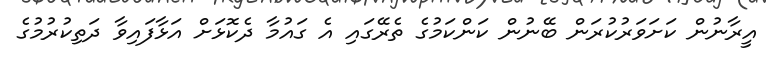
އީރާނުން ކަށަވަރުކުރަން ބޭނުން ކަންކަމުގެ ތެރޭގައި އެ ގައުމާ ދެކޮޅަށް އަޅާފައިވާ ދަތިކުރުމުގެ